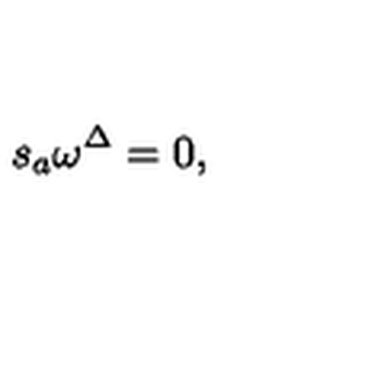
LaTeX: s _ { a } \omega ^ { \Delta } = 0 ,